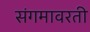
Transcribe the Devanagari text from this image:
संगमावरती